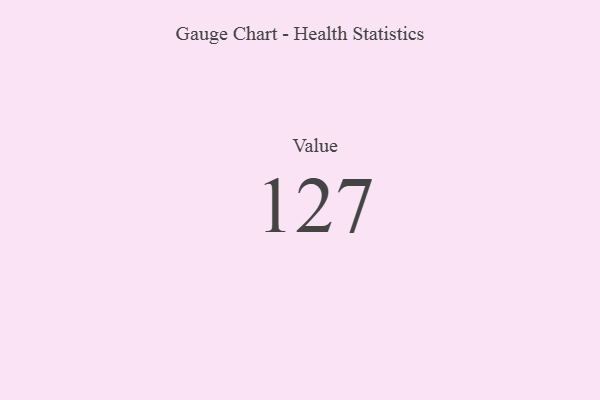
{"axis": {"x": "Metric", "y": "Value"}, "legend": [""], "data": [{"x": "Value", "y": 127, "type": ""}]}